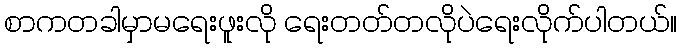
စာကတခါမှာမရေးဖူးလို ရေးတတ်တလိုပဲရေးလိုက်ပါတယ်။